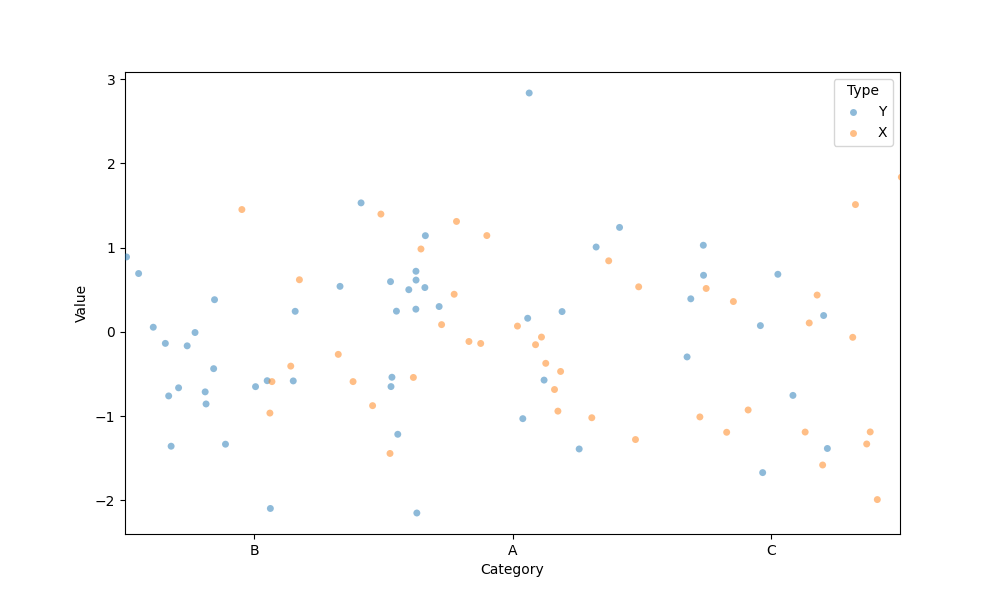
python, seaborn, stripplot, jitter=True, dodge=True, alpha=0.5, size=5